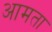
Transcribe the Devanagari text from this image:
आमता